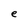
Character: e